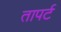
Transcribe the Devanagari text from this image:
तापर्ट